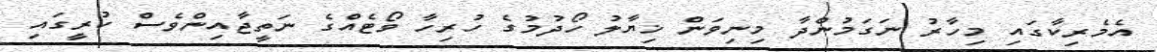
އެމެރިކާގައި މިހާރު ނަގަމުންދާ މިނިވަން ޚިޔާލު ހޯދުމުގެ ހުރިހާ ވޯޓެއްގެ ނަތީޖާއިންވެސް ކުރީގައި